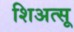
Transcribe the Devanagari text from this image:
शिअत्सू